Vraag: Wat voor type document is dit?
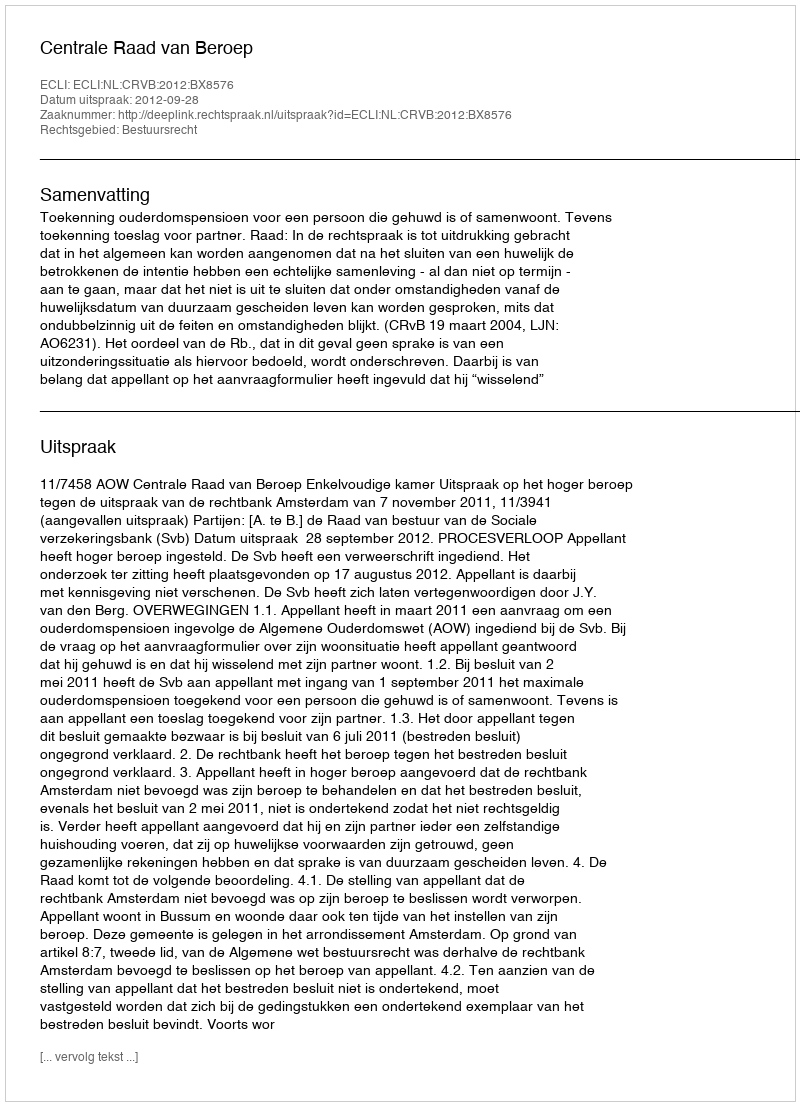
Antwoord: Uitspraak